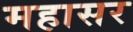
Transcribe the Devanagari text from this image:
महासर